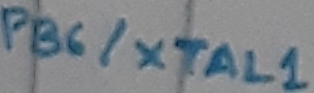
Text: PB6/XTAL1